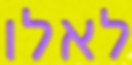
לאלו